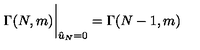
\Gamma ( N , m ) \bigg \vert _ { { \hat { u } } _ { N } = 0 } = \Gamma ( N - 1 , m )